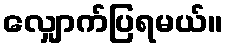
လျှောက်ပြရမယ်။